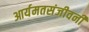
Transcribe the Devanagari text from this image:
आर्यमतसंजीवनी